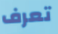
تعرف